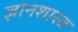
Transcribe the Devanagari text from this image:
ज्ञानशास्त्र